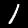
Label: 1